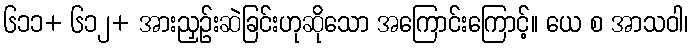
၆၁၁+ ၆၁၂+ အားညှဉ်းဆဲခြင်းဟုဆိုသော အကြောင်းကြောင့်။ ယေ စ အာသဝါ၊